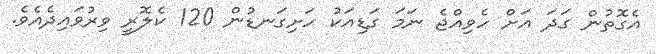
އެގޮތުން ގަދަ އަށް ހެވިއްޖެ ނަމަ ގަޑިއަކު ހަށިގަނޑުން 120 ކެލޮރީ ވިރުވައިދެއެވެ.